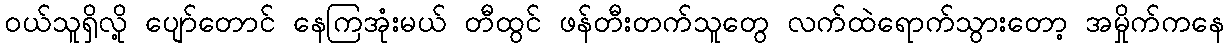
ဝယ်သူရှိလို့ ပျော်တောင် နေကြအုံးမယ် တီထွင် ဖန်တီးတက်သူတွေ လက်ထဲရောက်သွားတော့ အမှိုက်ကနေ